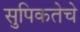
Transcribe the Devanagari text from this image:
सुपिकतेचे